Indian journal of veterinary science and animal husbandry - Volumes 26-27, 1956-1957
Year: 1956
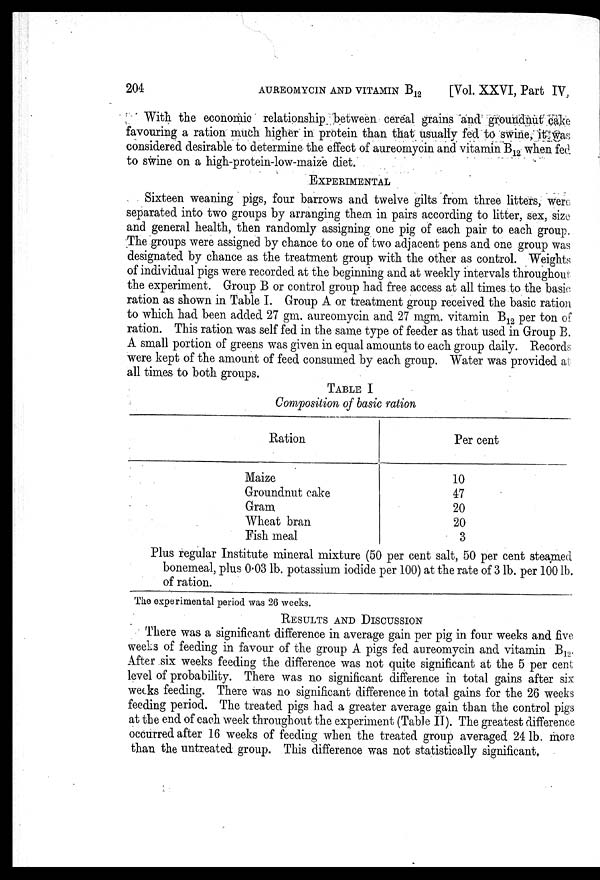
204
AUREOMYCIN
AND
VITAMIN
B 12
[Vol. XXVI, Part IV,
With the economic relationship between cereal grains and groundnut cake
favouring a ration much higher in protein than that usually fed to swine, it was
considered desirable to determine the effect of aureomycin and vitamin B 12 when fed
to swine on a high-protein-low-maize diet.
EXPERIMENTAL
Sixteen weaning pigs, four barrows and twelve gilts from three litters, were
separated into two groups by arranging them in pairs according to litter, sex, size
and general health, then randomly assigning one pig of each pair to each group.
The groups were assigned by chance to one of two adjacent pens and one group was
designated by chance as the treatment group with the other as control. Weights
of individual pigs were recorded at the beginning and at weekly intervals throughout
the experiment. Group B or control group had free access at all times to the basic
ration as shown in Table I. Group A or treatment group received the basic ration
to which had been added 27 gm. aureomycin and 27 mgm. vitamin B 12 per ton of
ration. This ration was self fed in the same type of feeder as that used in Group B.
A small portion of greens was given in equal amounts to each group daily. Records
were kept of the amount of feed consumed by each group. Water was provided at
all times to both groups.
TABLE I
Composition of basic ration
Ration
Maize
Groundnut cake
Gram
Wheat bran
Fish meal
Per cent
10
47
20
20
3
Plus regular Institute mineral mixture (50 per cent salt, 50 per cent steamed
bonemeal, plus 0.03 lb. potassium iodide per 100) at the rate of 3 lb. per 100 lb.
of ration.
The experimental period was 26 weeks.
RESULTS AND DISCUSSION
There was a significant difference in average gain per pig in four weeks and five
weeks of feeding in favour of the group A pigs fed aureomycin and vitamin B 12 .
After six weeks feeding the difference was not quite significant at the 5 per cent
level of probability. There was no significant difference in total gains after six
weeks feeding. There was no significant difference in total gains for the 26 weeks
feeding period. The treated pigs had a greater average gain than the control pigs
at the end of each week throughout the experiment (Table II). The greatest difference
occurred after 16 weeks of feeding when the treated group averaged 24 lb. more
than the untreated group. This difference was not statistically significant,